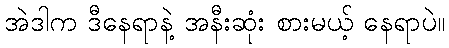
အဲဒါက ဒီနေရာနဲ့ အနီးဆုံး စားမယ့် နေရာပဲ။